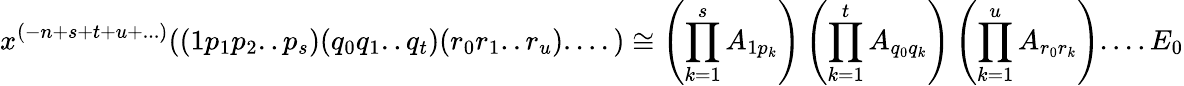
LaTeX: x^{(-n+s+t+u+...)}((1p_{1}p_{2}..p_{s})(q_{0}q_{1}..q_{t})(r_{0}r_{1}..r_{u})....)\cong\left(\prod_{k=1}^{s}A_{1p_{k}}\right)\left(\prod_{k=1}^{t}A_{q_{0}q_{k}}\right)\left(\prod_{k=1}^{u}A_{r_{0}r_{k}}\right)....E_{0}